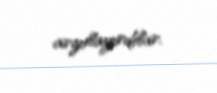
arzulayırdılar.